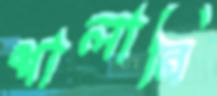
শালানি